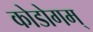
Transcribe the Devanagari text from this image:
कोडोगम्